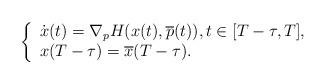
LaTeX: \begin{align*}\left\{\begin{array}{l} \dot{x}(t)=\nabla_p H (x(t),\overline{p}(t)),t \in [T-\tau,T], \\x(T-\tau)= \overline{x}(T-\tau).\end{array}\right.\end{align*}